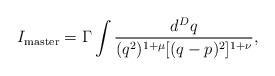
LaTeX: \begin{align*}I_{\rm master}=\Gamma\int\frac{d^{D}q}{(q^{2})^{1+\mu}[(q-p)^{2}]^{1+\nu}},\end{align*}